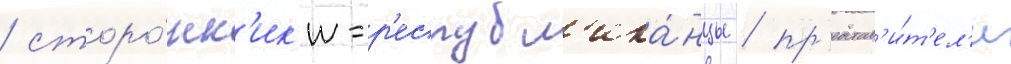
/ сторо́нн'ик'и-р'еспубл'ика́нцы / пр'едстав'и́т'ел'и